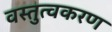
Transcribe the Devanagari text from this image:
वस्तुत्वकरण